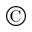
\copyright